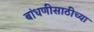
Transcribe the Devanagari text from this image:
बांधणीसाठीच्या